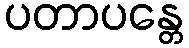
ပတာပန္တေ